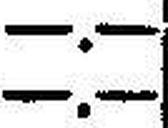
—.—